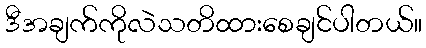
ဒီအချက်ကိုလဲသတိထားစေချင်ပါတယ်။